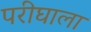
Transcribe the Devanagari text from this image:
परीघाला